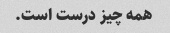
همه چیز درست است.